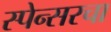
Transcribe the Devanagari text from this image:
स्पेन्सरचा